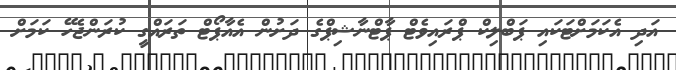
އަދި އެކަމަށްޓަކައި ޕަބްލިކް ޕްރައިވެޓް ޕާޓްނާޝިޕްގެ ދަށުން އެއާޕޯޓް ތަރައްގީ ކުރަންޖެހޭ ކަމަށް